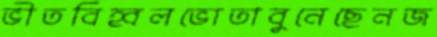
ভীতবিহ্বলভোতাবুনেছেনজ